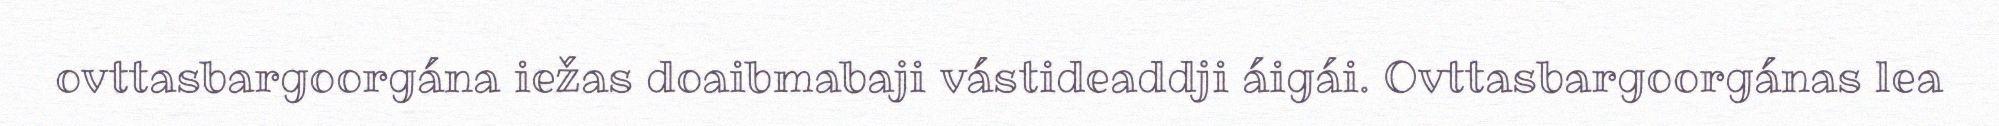
ovttasbargoorgána iežas doaibmabaji vástideaddji áigái. Ovttasbargoorgánas lea